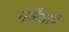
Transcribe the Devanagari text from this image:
मळैयाय